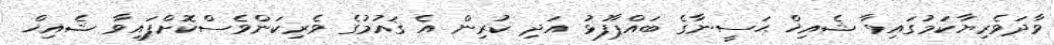
ވާދަވެރިޔާކަމުގައިވާ ޝެއިޚް ޙަސީނާގެ ބައްޕާފުޅު އަދި ކުރިން އެ ޤައުމުގެ ވެރިކަންވެސްކޮށްފައިވާ ޝެއިޚް